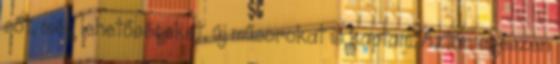
sőt, még lehetőségeket, új műsorokat is kaptam. Aztán egészen